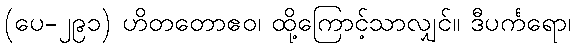
(ပေ-၂၉၁) ဟိတတောဧဝ၊ ထို့ကြောင့်သာလျှင်။ ဒီပင်္ကရော၊